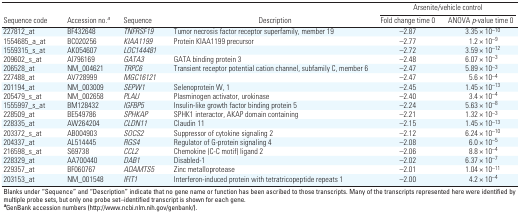
<table><thead><tr><td rowspan="2"><b>Sequence code</b></td><td rowspan="2"><b>Accession no.<sup><i>a</i></sup></b></td><td rowspan="2"><b>Sequence</b></td><td rowspan="2"><b>Description</b></td><td colspan="2"><b>Arsenite/vehicle control</b></td></tr><tr><td><b>Fold change time 0</b></td><td><b>ANOVA <i>p</i>-value time 0</b></td></tr></thead><tbody><tr><td><b>227812_at</b></td><td>BF432648</td><td><i>TNFRSF19</i></td><td>Tumor necrosis factor receptor superfamily, member 19</td><td>–2.87</td><td>3.35 × 10<sup>–10</sup></td></tr><tr><td><b>1554685_a_at</b></td><td>BC020256</td><td><i>KIAA1199</i></td><td>Protein KIAA1199 precursor</td><td>–2.77</td><td>1.2 × 10<sup>–9</sup></td></tr><tr><td><b>1559315_s_at</b></td><td>AK054607</td><td><i>LOC144481</i><i></i></td><td></td><td>–2.72</td><td>3.59 × 10<sup>–12</sup></td></tr><tr><td><b>209602_s_at</b></td><td>AI796169</td><td><i>GATA3</i></td><td>GATA binding protein 3</td><td>–2.48</td><td>6.07 × 10<sup>–3</sup></td></tr><tr><td><b>206528_at</b></td><td>NM_004621</td><td><i>TRPC6</i></td><td>Transient receptor potential cation channel, subfamily C, member 6</td><td>–2.47</td><td>5.89 × 10<sup>–3</sup></td></tr><tr><td><b>227488_at</b></td><td>AV728999</td><td><i>MGC16121</i></td><td></td><td>–2.47</td><td>5.6 × 10<sup>–4 </sup></td></tr><tr><td><b>201194_at</b></td><td>NM_003009</td><td><i>SEPW1</i></td><td>Selenoprotein W, 1</td><td>–2.45</td><td>1.45 × 10<sup>–13</sup></td></tr><tr><td><b>205479_s_at</b></td><td>NM_002658</td><td><i>PLAU</i></td><td>Plasminogen activator, urokinase</td><td>–2.40</td><td>3.4 × 10<sup>–4 </sup></td></tr><tr><td><b>1555997_s_at</b></td><td>BM128432</td><td><i>IGFBP5</i></td><td>Insulin-like growth factor binding protein 5</td><td>–2.24</td><td>5.63 × 10<sup>–8</sup></td></tr><tr><td><b>228509_at</b></td><td>BE549786</td><td><i>SPHKAP</i><i></i></td><td>SPHK1 interactor, AKAP domain containing</td><td>–2.21</td><td>1.32 × 10<sup>–3 </sup></td></tr><tr><td><b>228335_at</b></td><td>AW264204</td><td><i>CLDN11</i></td><td>Claudin 11</td><td>–2.15</td><td>1.45 × 10<sup>–13</sup></td></tr><tr><td><b>203372_s_at</b></td><td>AB004903</td><td><i>SOCS2</i></td><td>Suppressor of cytokine signaling 2</td><td>–2.12</td><td>6.24 × 10<sup>–10</sup></td></tr><tr><td><b>204337_at</b></td><td>AL514445</td><td><i>RGS4</i></td><td>Regulator of G-protein signaling 4</td><td>–2.08</td><td>6.0 × 10<sup>–5 </sup></td></tr><tr><td><b>216598_s_at</b></td><td>S69738</td><td><i>CCL2</i></td><td>Chemokine (C-C motif) ligand 2</td><td>–2.06</td><td>8.8 × 10<sup>–4 </sup></td></tr><tr><td><b>228329_at</b></td><td>AA700440</td><td><i>DAB1</i><i></i></td><td>Disabled-1</td><td>–2.02</td><td>6.37 × 10<sup>–7</sup></td></tr><tr><td><b>229357_at</b></td><td>BF060767</td><td><i>ADAMTS5</i></td><td>Zinc metalloprotease</td><td>–2.01</td><td>1.04 × 10<sup>–11</sup></td></tr><tr><td><b>203153_at</b></td><td>NM_001548</td><td><i>IFIT1</i></td><td>Interferon-induced protein with tetratricopeptide repeats 1</td><td>–2.00</td><td>4.2 × 10<sup>–4 </sup></td></tr><tr><td colspan="6">Blanks under “Sequence” and “Description” indicate that no gene name or function has been ascribed to those transcripts. Many of the transcripts represented here were identified by multiple probe sets, but only one probe set–identified transcript is shown for each gene. <sup><i><b>a</b></i></sup>GenBank accession numbers (http://www.ncbi.nlm.nih.gov/genbank/).</td></tr></tbody></table>